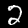
Label: 2